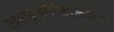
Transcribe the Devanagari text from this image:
रक्तमूत्रविषाक्तता